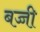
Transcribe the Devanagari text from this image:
बज्जी